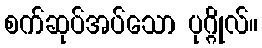
စက်ဆုပ်အပ်သော ပုဂ္ဂိုလ်။